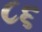
૮૬